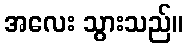
အလေး သွားသည်။